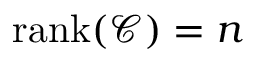
\operatorname { r a n k } ( \mathcal C ) = n